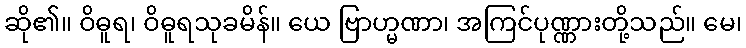
ဆို၏။ ဝိဓူရ၊ ဝိဓူရသုခမိန်။ ယေ ဗြာဟ္မဏာ၊ အကြင်ပုဏ္ဏားတို့သည်။ မေ၊